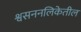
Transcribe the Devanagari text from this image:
श्वसननलिकेतील